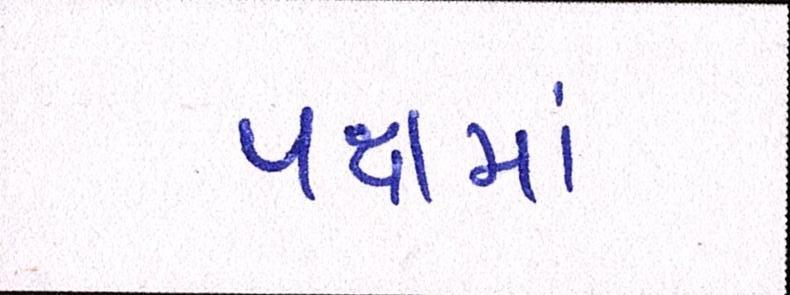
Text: પક્ષમાં